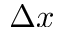
\Delta x